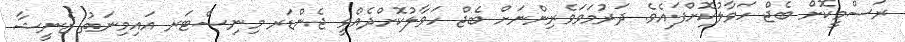
ރަސްމީކޮށް ބެޖް ހަވާލުކޮށްފައެވެ. ދަރުމަވަވެރިންނަށް ބެޖް ހަވާލުކޮށްދެއްވީ ޖެންޑަރ މިނިސްޓަރ އައިމިނަތު ޒެނީޝާ